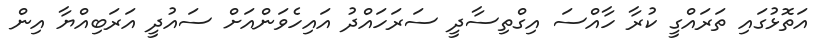
އަތޮޅުގައި ތަރައްގީ ކުރާ ހާއްސަ އިގްތިސާދީ ސަރަހައްދު އައިހެވަންއަށް ސައުދީ އަރަބިއްޔާ އިން